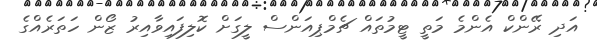
އަދި ރޭންކް އެންމެ މަތީ ޓީމުތައް ޗެމްޕިއަންސް ލީގަށް ކޮލިފައިވާއިރު ޒޯން ހަތަރެއްގެ